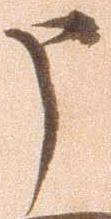
申